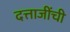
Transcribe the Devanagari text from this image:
दत्ताजींची